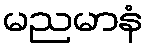
မညမာနံ